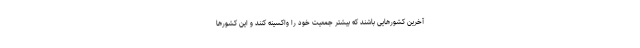
آخرین کشورهایی باشند که بیشتر جمعیت خود را واکسینه کنند و این کشورها